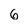
Character: 6